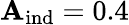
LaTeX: \mathbf{A}_{\mathrm{{ind}}}=0.4